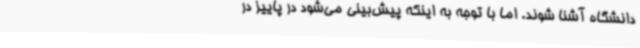
دانشگاه آشنا شوند. اما با توجه به اینکه پیش‌بینی می‌شود در پاییز در